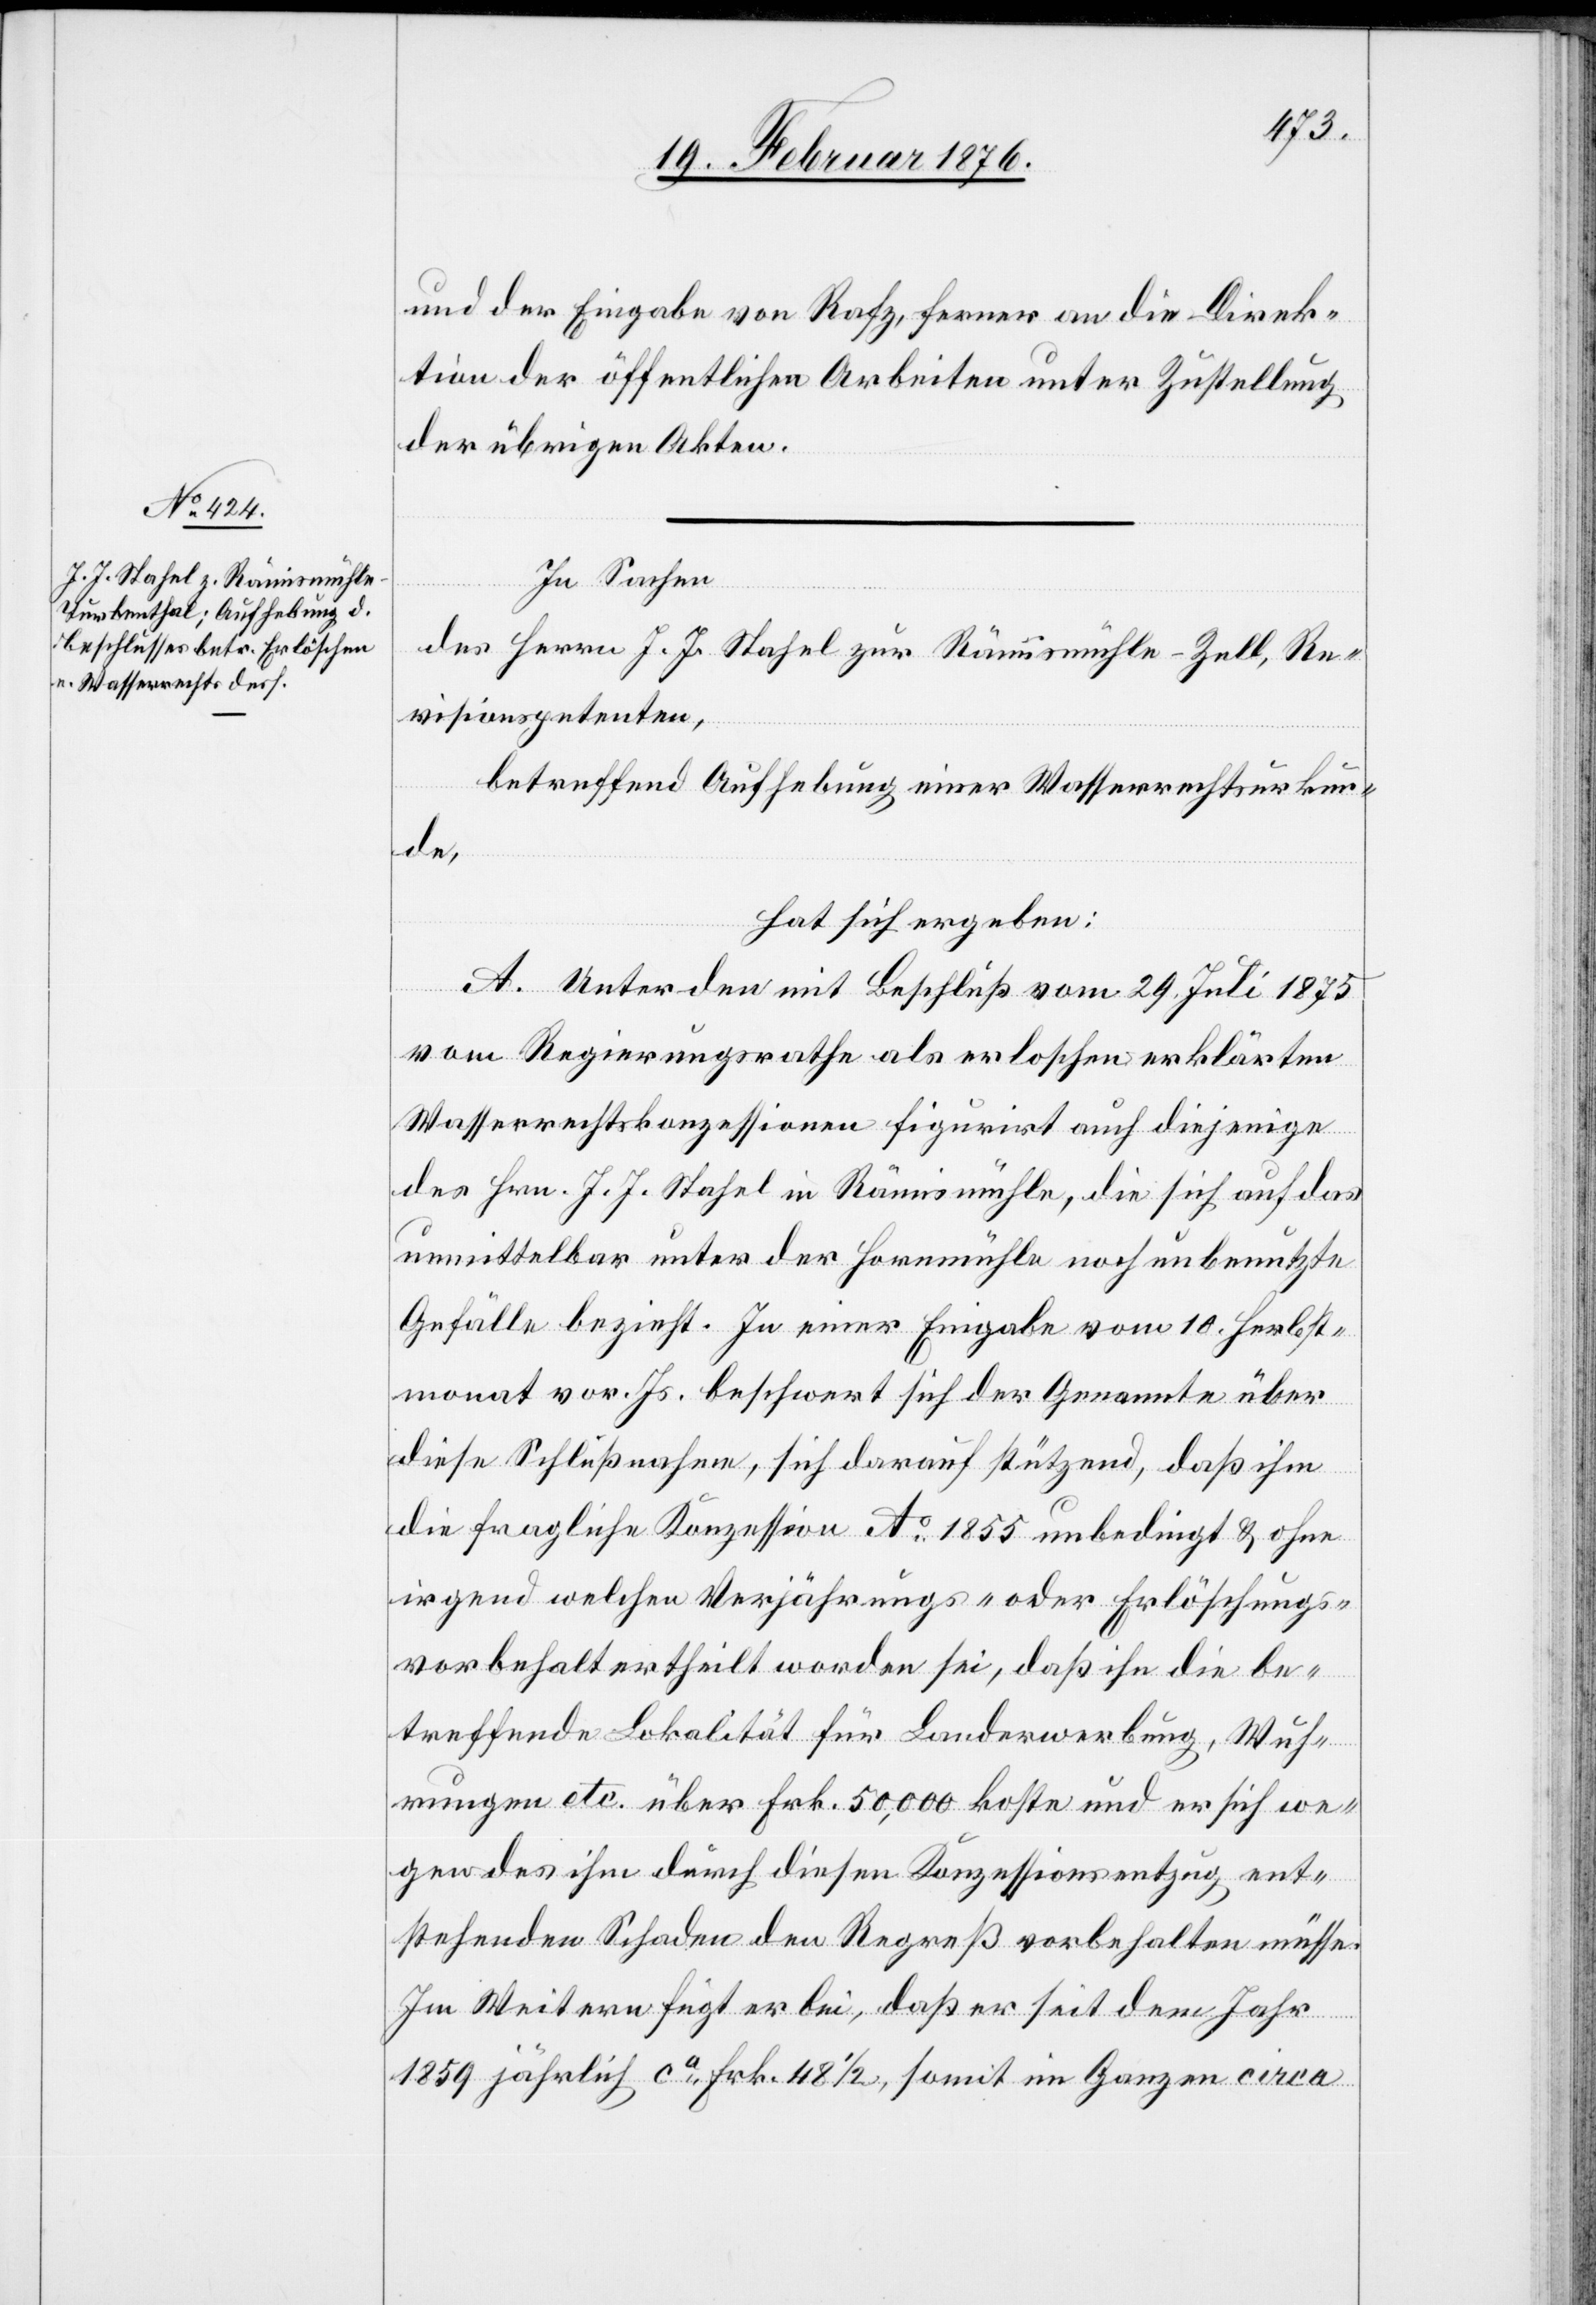
und der Eingabe von Rafz, ferner an die Direk¬
tion der öffentlichen Arbeiten unter Zustellung
der übrigen Akten.
In Sachen
des Herrn J. J. Stahel zur Rämismühle-Zell, Re¬
visionspetenten,
betreffend Aufhebung einer Wasserrechtsurkun¬
de,
hat sich ergeben:
A. Unter den mit Beschluß vom 29. Juli 1875
vom Regierungsrathe als erloschen erklärten
Wasserrechtskonzessionen figurirt auch diejenige
des Hrn. J. J. Stahel in Rämismühle, die sich auf das
unmittelbar unter der Hornmühle noch unbenutzte
Gefälle bezieht. In einer Eingabe vom 10. Herbst¬
monat vor. Js. beschwert sich der Genannte über
diese Schlußnahme, sich darauf stützend, daß ihm
die fragliche Konzession Ao 1855 unbedingt & ohne
irgend welchen Verjährungs- oder Erlöschungs¬
vorbehalt ertheilt worden sei, daß ihn die be¬
treffende Lokalität für Landerwerbung, Wuh¬
rungen etc. über Frk. 50,000 kosten und er sich we¬
gen des ihm durch diesen Konzessionsantrag ent¬
stehenden Schaden den Regreß vorbehalten müsse.
Im Weitern fügt er bei, daß er seit dem Jahr
1859 jährlich ca Frk. 48 1/2, somit im Ganzen circa